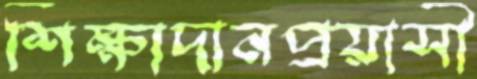
শিক্ষাদানপ্রয়াসী